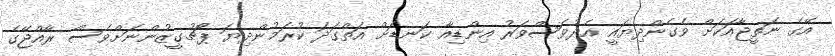
އޭގެ ނަތީޖާއަކަށް ވެގެންދިޔައީ އެދުވަސްވަރު އިންޑިއާ ކަނޑަށް އަތްގަދަ ކުރަމުންދިޔަ ޕޯޗުގީޒުންނަށްވެސް ރާއްޖޭގެ